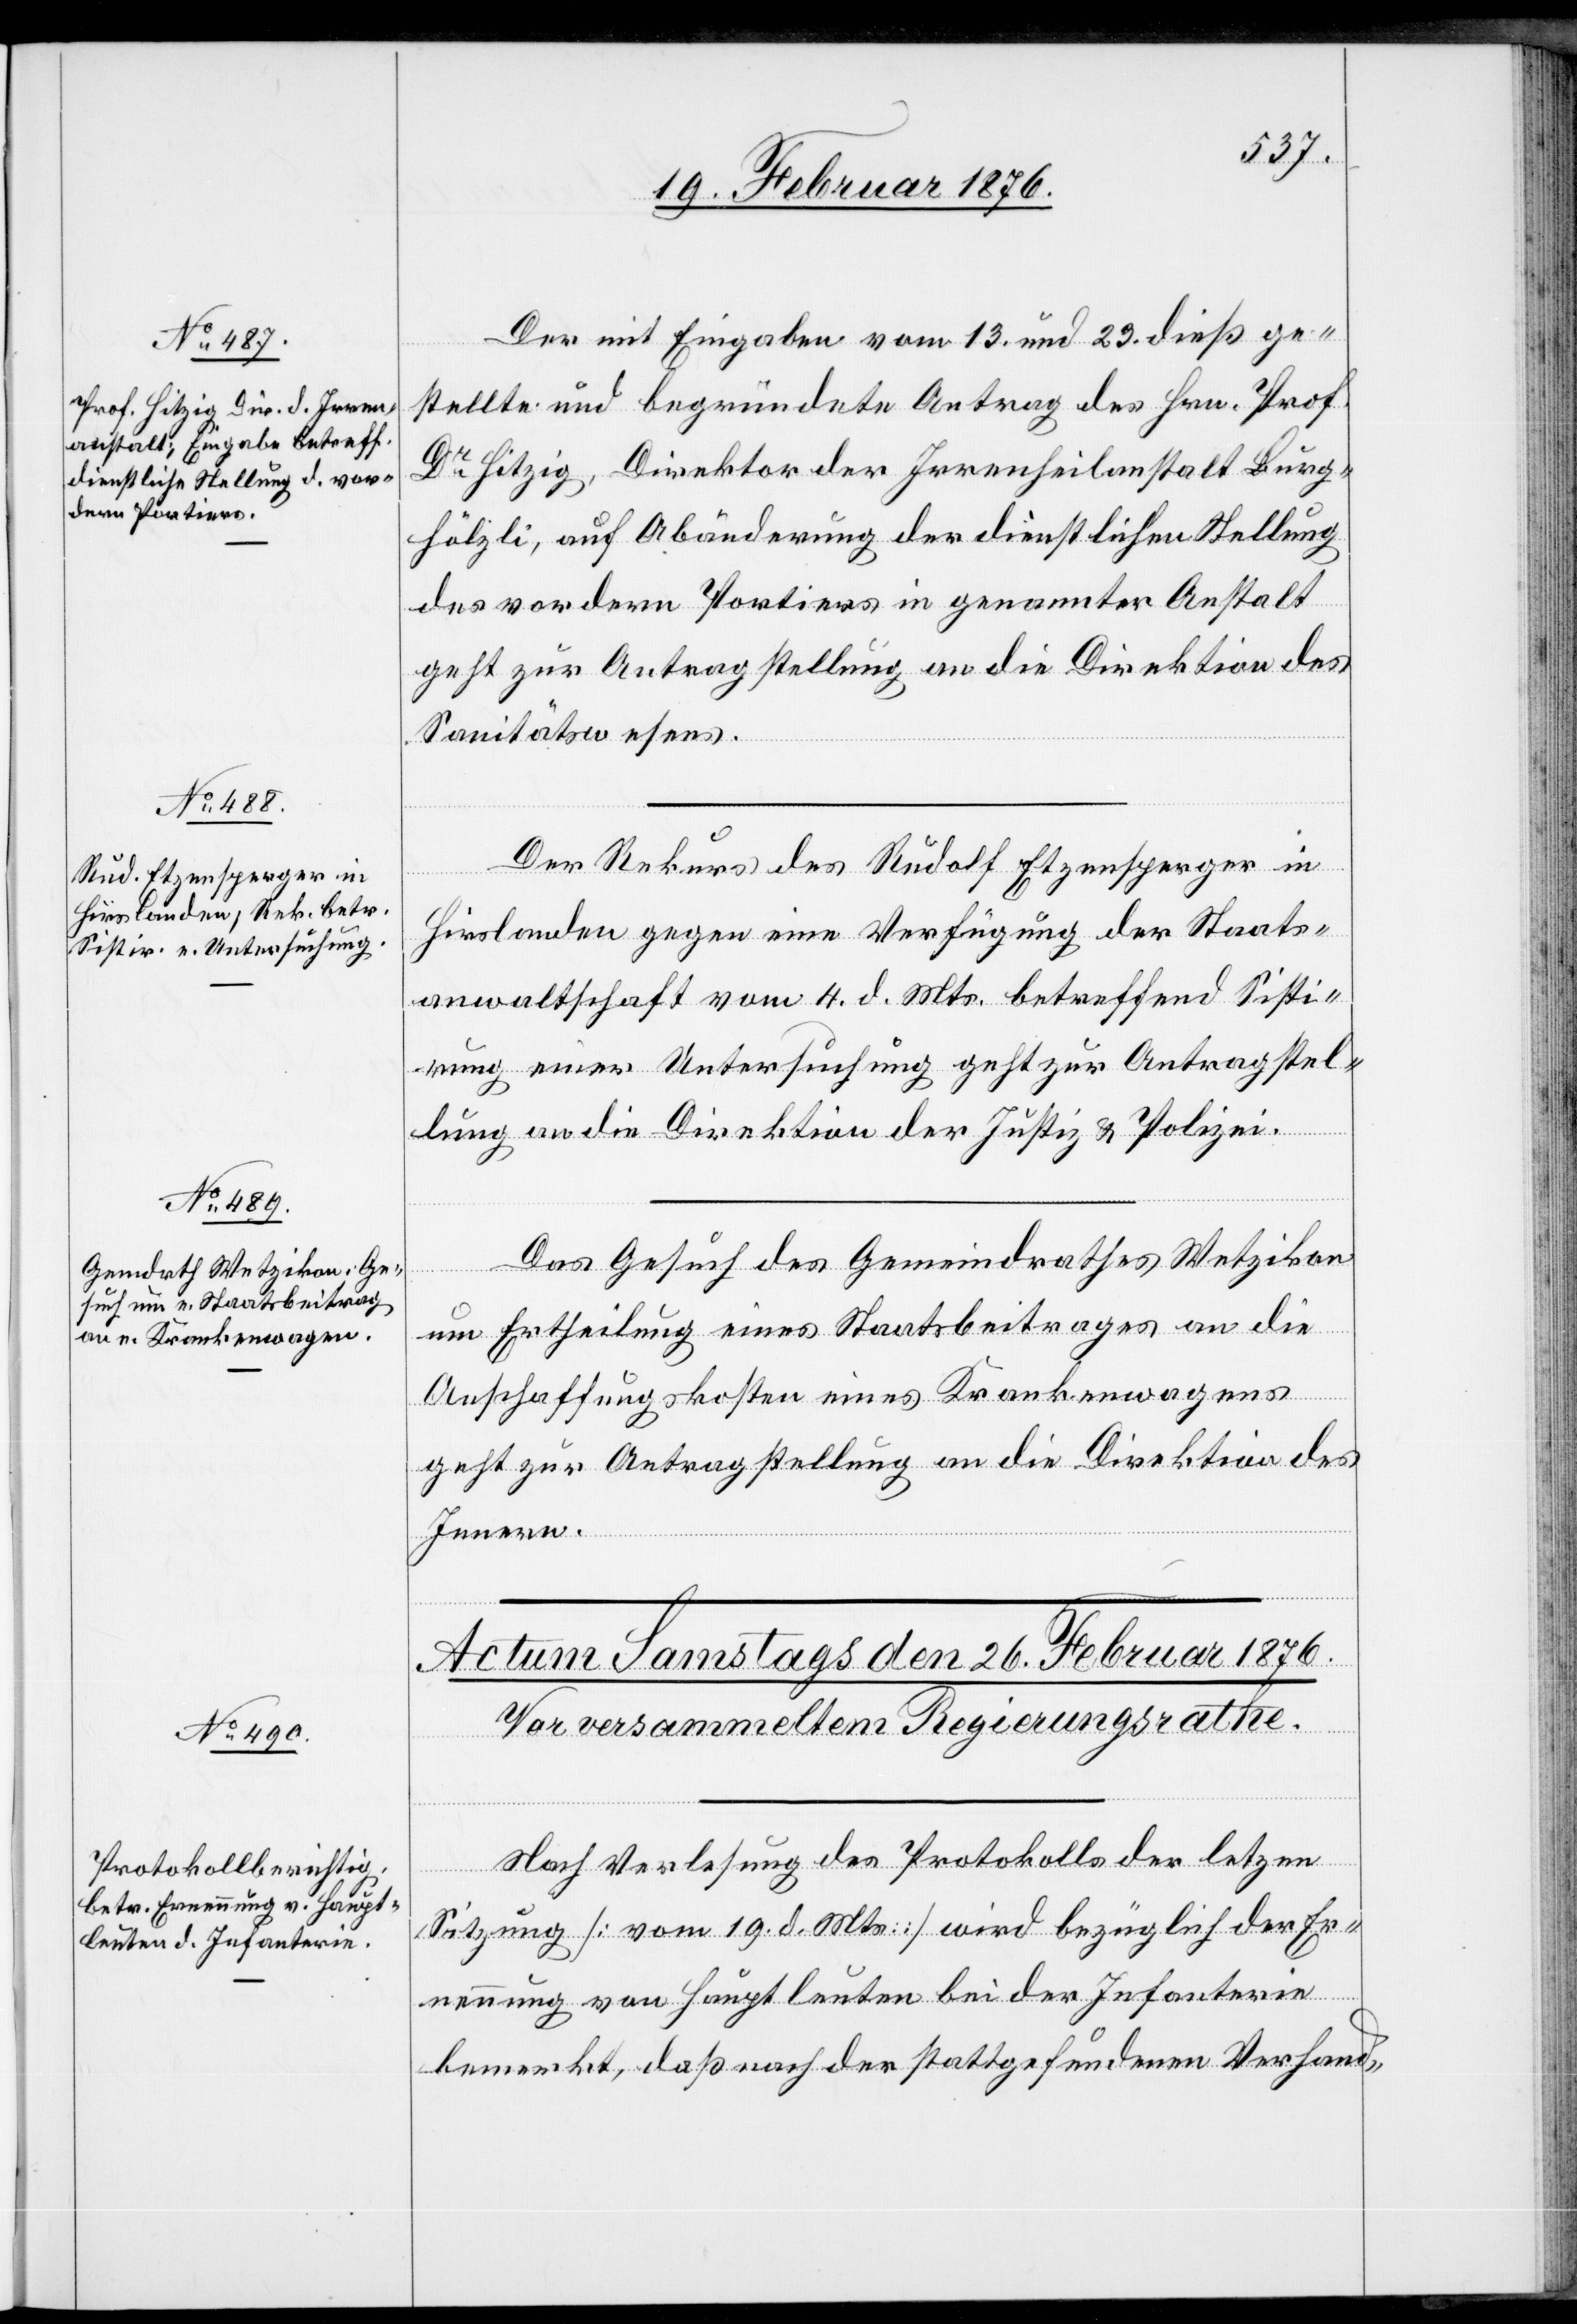
23. Februar 1876.]
Der mit Eingabe vom 13. und 29. dieß ge¬
stellte und begründete Antrag des Hrn. Prof.
Dr Hitzig, Direktor der Irrenheilanstalt Burg¬
hölzli, auf Abänderung der dienstlichen Stellung
des vordern Portiers in genannter Anstalt
geht zur Antragstellung an die Direktion des
Sanitätswesens.
Der Rekurs des Rudolf Etzensperger in
Hirslanden gegen eine Verfügung der Staats¬
anwaltschaft vom 4. d. Mts. betreffend Sisti¬
rung einer Untersuchung geht zur Antragstel¬
lung an die Direktion der Justiz & Polizei.
Das Gesuch des Gemeindrathes Wetzikon
um Ertheilung eines Staatsbeitrages an die
Anschaffungskosten eines Krankenwagens
geht zur Antragstellung an die Direktion des
Innern.
Nach Verlesung des Protokolls der letzen
Sitzung [vom 19. d. Mts.] wird bezüglich der Er¬
nennung von Hauptleuten bei der Infanterie
bemerkt, daß nach der stattgefundenen Verhand-